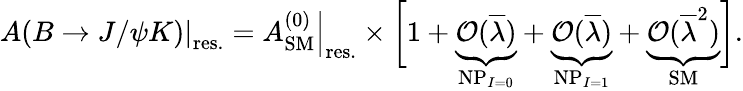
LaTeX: \left.A(B\to J/\psi K)\right|_{\mathrm{res.}}=\left.A_{\mathrm{SM}}^{(0)}\right|_{\mathrm{res.}}\times\biggl[1+\underbrace{{\cal O}(\overline{{{\lambda}}})}_{\mathrm{NP}_{I=0}}+\underbrace{{\cal O}(\overline{{{\lambda}}})}_{\mathrm{NP}_{I=1}}+\underbrace{{\cal O}(\overline{{{\lambda}}}^{2})}_{\mathrm{SM}}\biggr].